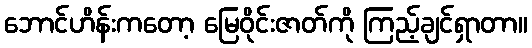
ဘောင်ဟိန်းကတော့ မြေဝိုင်းဇာတ်ကို ကြည့်ချင်ရှာတာ။